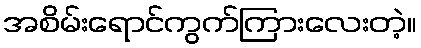
အစိမ်းရောင်ကွက်ကြားလေးတဲ့။